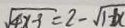
\sqrt { 4 x - 3 } = 2 - \sqrt { 1 + x }